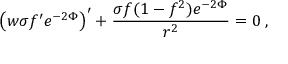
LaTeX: \left( w \sigma f ^ { \prime } e ^ { - 2 \Phi } \right) ^ { \prime } + \frac { \sigma f ( 1 - f ^ { 2 } ) e ^ { - 2 \Phi } } { r ^ { 2 } } = 0 \; ,